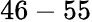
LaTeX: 46-55